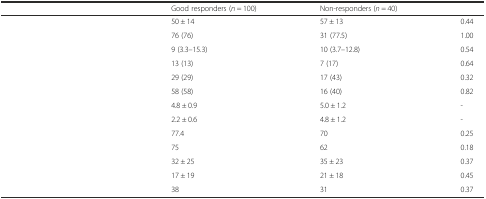
<table><thead><tr><td>[EMPTY_CELL]</td><td><b>Good responders (<i>n</i> = 100)</b></td><td><b>Non-responders (<i>n</i> = 40)</b></td><td>[EMPTY_CELL]</td></tr></thead><tbody><tr><td>[EMPTY_CELL]</td><td>50 ± 14</td><td>57 ± 13</td><td>0.44</td></tr><tr><td>[EMPTY_CELL]</td><td>76 (76)</td><td>31 (77.5)</td><td>1.00</td></tr><tr><td>[EMPTY_CELL]</td><td>9 (3.3–15.3)</td><td>10 (3.7–12.8)</td><td>0.54</td></tr><tr><td>[EMPTY_CELL]</td><td>13 (13)</td><td>7 (17)</td><td>0.64</td></tr><tr><td>[EMPTY_CELL]</td><td>29 (29)</td><td>17 (43)</td><td>0.32</td></tr><tr><td>[EMPTY_CELL]</td><td>58 (58)</td><td>16 (40)</td><td>0.82</td></tr><tr><td>[EMPTY_CELL]</td><td>4.8 ± 0.9</td><td>5.0 ± 1.2</td><td>-</td></tr><tr><td>[EMPTY_CELL]</td><td>2.2 ± 0.6</td><td>4.8 ± 1.2</td><td>-</td></tr><tr><td>[EMPTY_CELL]</td><td>77.4</td><td>70</td><td>0.25</td></tr><tr><td>[EMPTY_CELL]</td><td>75</td><td>62</td><td>0.18</td></tr><tr><td>[EMPTY_CELL]</td><td>32 ± 25</td><td>35 ± 23</td><td>0.37</td></tr><tr><td>[EMPTY_CELL]</td><td>17 ± 19</td><td>21 ± 18</td><td>0.45</td></tr><tr><td>[EMPTY_CELL]</td><td>38</td><td>31</td><td>0.37</td></tr></tbody></table>